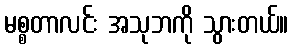
မစ္စတာလင်း အသုဘကို သွားတယ်။